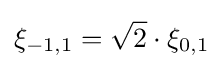
\xi _{-1,1}={\sqrt {2}}\cdot \xi _{0,1}